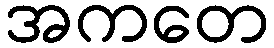
အကတေ